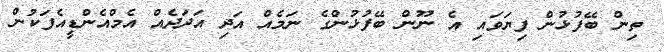
ތިން ބޭފުޅުން ފިޔަވައި އެ ނޫން ބޭފުޅުންގެ ނަމެއް އަދި އަދަދެއް އެމްއެންޑީއެފަކުން